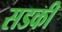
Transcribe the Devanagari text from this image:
सडकी